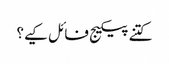
کتنے پیکیج فائل کیے؟